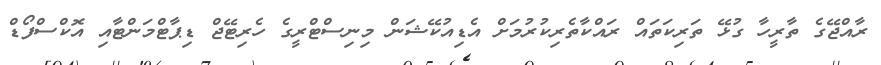
ރާއްޖޭގެ ތާރީހާ ގުޅޭ ތަރިކަތައް ރައްކާތެރިކުރުމަށް އެޑިއުކޭޝަން މިނިސްޓްރީގެ ހެރިޓޭޖް ޑިޕާޓްމަންޓާއި އޮކްސްފޯޑް